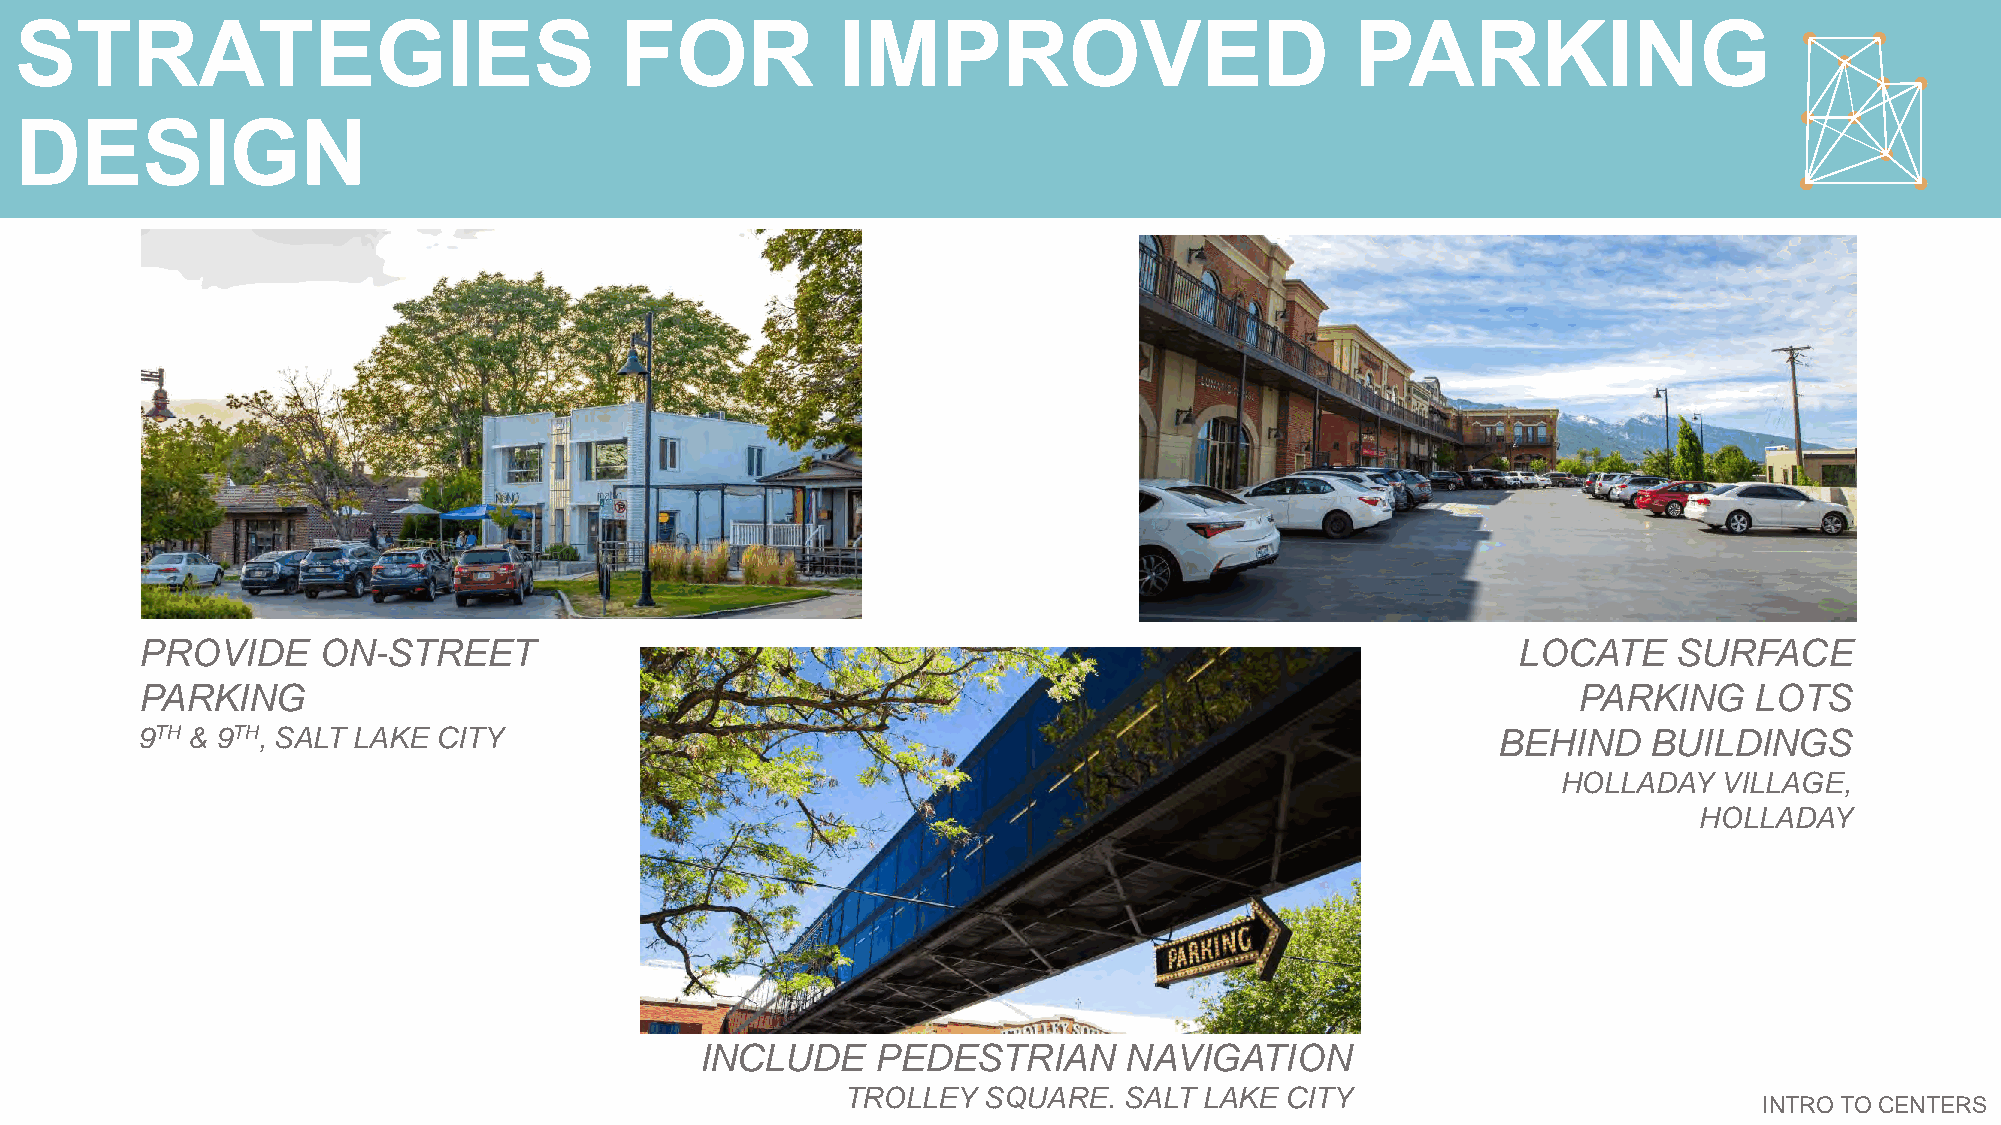
STRATEGIES                              FOR            IMPROVED                          PARKING
 DESIGN
 PROVIDE     ON-STREET                                                                      LOCATE     SURFACE
 PARKING                                                                                        PARKING     LOTS
 9TH & 9TH, SALT LAKE CITY                                                                 BEHIND    BUILDINGS
 HOLLADAY   VILLAGE,
 HOLLADAY
 INCLUDE     PEDESTRIAN      NAVIGATION
 TROLLEY  SQUARE.  SALT  LAKE CITY
 INTRO TO CENTERS